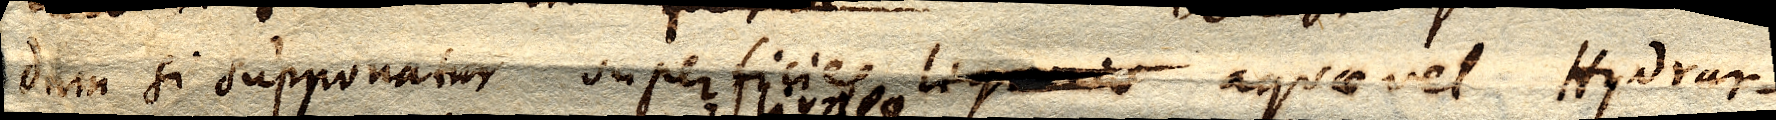
dum si supponatur superficies liquoris aquae vel Hydrar–